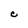
Character: C